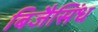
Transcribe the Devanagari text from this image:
बिजैसिंध